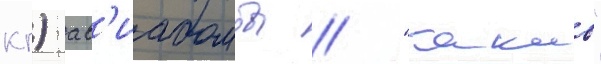
кг) ав'иабомбы // "такао"